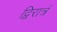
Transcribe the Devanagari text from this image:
द्विरात्रं